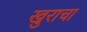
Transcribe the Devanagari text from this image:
खुराचा